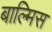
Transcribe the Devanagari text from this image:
बाल्मिस